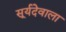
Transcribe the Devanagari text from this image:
सूर्यदेवाला